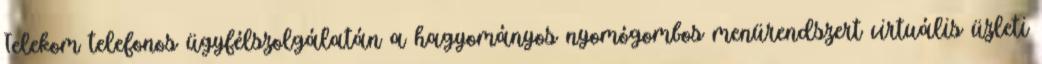
Telekom telefonos ügyfélszolgálatán a hagyományos nyomógombos menürendszert virtuális üzleti